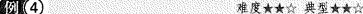
例4 难度★★☆典型★★☆